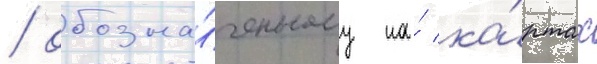
/ обозна́ченному на́ ка́ртах